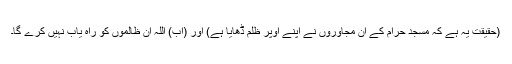
(حقیقت یہ ہے کہ مسجد حرام کے اِن مجاوروں نے اپنے اوپر ظلم ڈھایا ہے) اور (اب) اللہ اِن ظالموں کو راہ یاب نہیں کرے گا۔